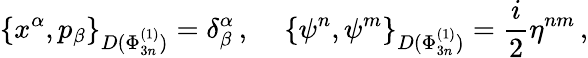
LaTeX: \left\{ x^{\alpha},p_{\beta}\right\} _{D(\Phi_{3n}^{(1)})}=\delta_{\beta}^{\alpha}\, ,\, \, \, \, \, \, \, \left\{ \psi^{n},\psi^{m}\right\} _{D(\Phi_{3n}^{(1)})}=\frac{i}{2}\eta^{nm}\, ,